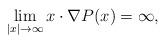
LaTeX: \begin{align*}\lim_{|x|\to \infty} x\cdot \nabla P(x)=\infty,\end{align*}